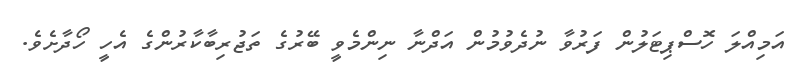
އަމިއްލަ ހޮސްޕިޓަލުން ފަރުވާ ނުދެވުމުން އަދްނާ ނިންމެވީ ބޭރުގެ ތަޖުރިބާކާރުންގެ އެހީ ހޯދާށެވެ.